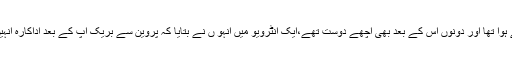
بھارتی میڈیا کے مطابق ڈینو کا کہناتھا کہ ان کا بریک اپ باہمی رضامندی سے ہوا تھا اور دونوں اس کے بعد بھی اچھے دوست تھے،ایک انٹرویو میں انہو ں نے بتایا کہ پروین سے بریک اپ کے بعد اداکارہ انہیں اکثر کھانے پر بلاتی تھیں، لیکن اس وقت تک میری گرل فرینڈ کوئی اور تھی۔